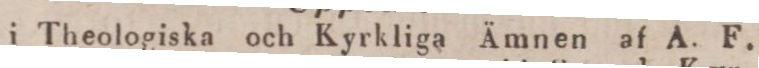
I Theologiska och Kyrkliga Ämnen af A. F.